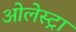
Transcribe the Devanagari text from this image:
ओलेस्ट्रा